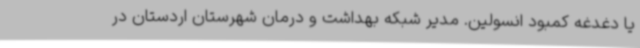
یا دغدغه کمبود انسولین. مدیر شبکه بهداشت و درمان شهرستان اردستان در